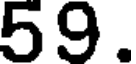
59.